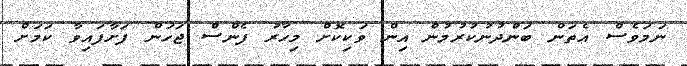
ނަމަވެސް އެތަން ބަންދުނުކުރުމުން އިން ވަކިކޮށް މިހާރު ފެންސް ޖަހަން ފަށާފައިވާ ކަމަށް